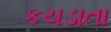
કચડાતા